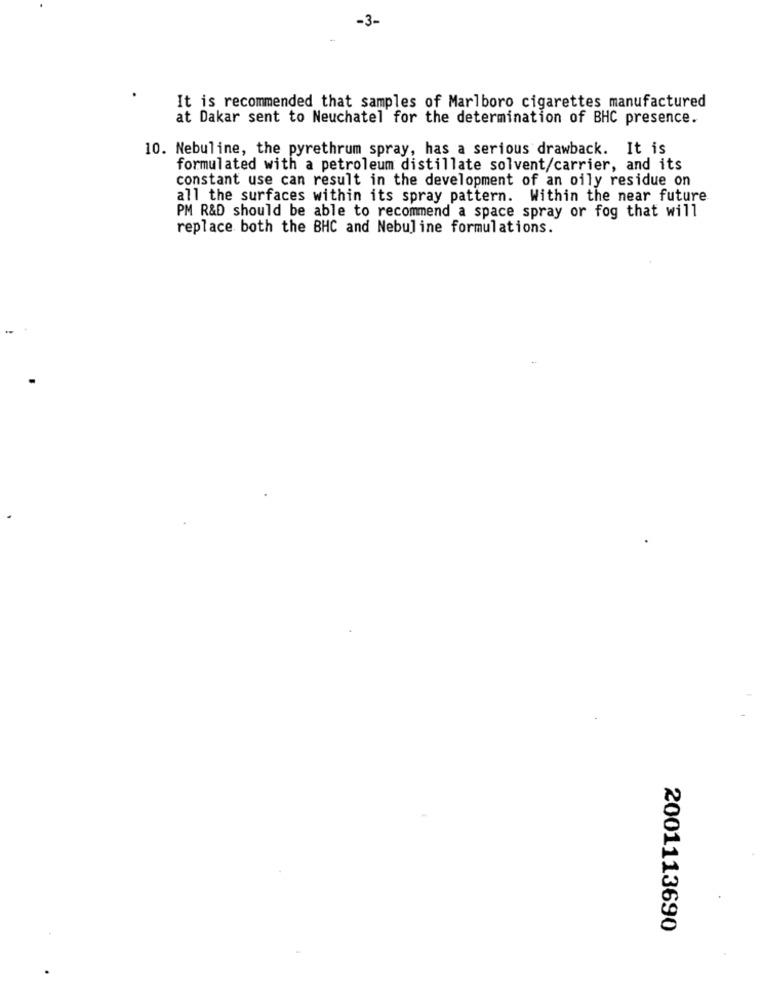
-3-
It is recommended that samples of Marlboro cigarettes manufactured
at Dakar sent to Neuchatel for the determination of BHC presence.
10. Nebuline, the pyrethrum spray, has a serious drawback. It is
formulated with a petroleum distillate solvent/carrier, and its
constant use can result in the development of an oily residue on
all the surfaces within its spray pattern. Within the near future
PM R&D should be able to recommend a space spray or fog that will
replace both the BHC and Nebuline formulations.
2001113690